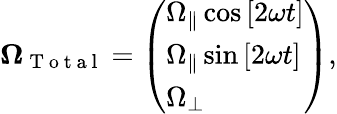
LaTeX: \boldsymbol{\Omega}_{\mathrm{~T~o~t~a~l~}}=\left(\begin{array}{l}{\Omega_{\parallel}\cos{[2\omega t]}}\\ {\Omega_{\parallel}\sin{[2\omega t]}}\\ {\Omega_{\perp}}\end{array}\right),